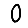
Digit: 0